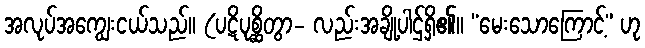
အလုပ်အကျွေးငယ်သည်။ (ပဋိပုစ္ဆိတွာ- လည်းအချို့ပါဌ်ရှိ၏။ “မေးသောကြောင့်” ဟု